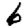
Digit: 6